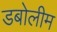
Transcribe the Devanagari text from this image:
डबोलीम